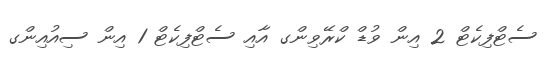
ސެޓްފިކެޓް 2 އިން ވުޑް ކްރޭވިންގ އާއި ސެޓްފިކެޓް 1 އިން ސިއުއިންގ